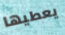
يعطيها